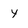
Character: y